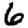
Digit: 6